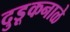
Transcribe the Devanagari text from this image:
दुडूकनाळे